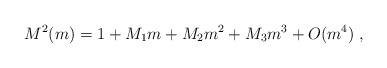
\begin{align*}M^2 (m) = 1 + M_1 m + M_2 m^2 + M_3 m^3 + O(m^4) \; , \end{align*}